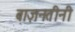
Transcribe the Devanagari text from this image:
बाज़नतीनी